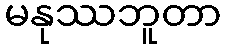
မနုဿဘူတာ